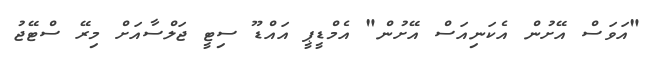
"އަވަސް އޭށުން އެކަނިއަސް އޭށުން" އެމްޑީޕީ އައްޑޫ ސިޓީ ޖަލްސާއަށް މިރޭ ސްޓޭޖު